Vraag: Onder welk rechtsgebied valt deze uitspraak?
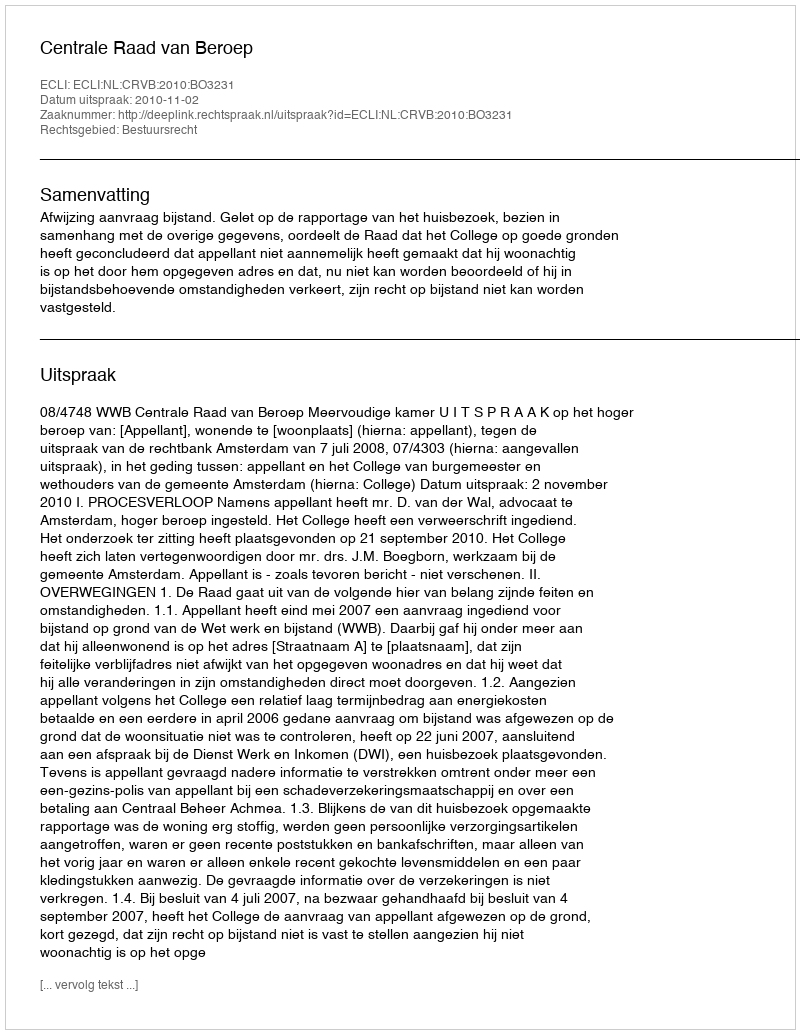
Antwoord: Bestuursrecht